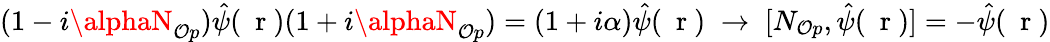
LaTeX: (1-i\alphaN_{\mathcal{O}p})\hat{{\psi}}(\mathrm{{~\mathbf{~}r~}})(1+i\alphaN_{\mathcal{O}p})=(1+i\alpha)\hat{{\psi}}(\mathrm{{~\mathbf{~}r~}})\; \to\; [N_{\mathcal{O}p},\hat{{\psi}}(\mathrm{{~\mathbf{~}r~}})]=-\hat{{\psi}}(\mathrm{{~\mathbf{~}r~}})